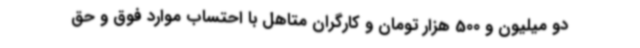
دو میلیون و 500 هزار تومان و کارگران متاهل با احتساب موارد فوق و حق